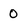
Character: 0